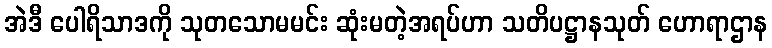
အဲဒီ ပေါရိသာဒကို သုတသောမမင်း ဆုံးမတဲ့အရပ်ဟာ သတိပဋ္ဌာနသုတ် ဟောရာဌာန